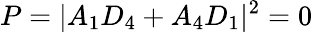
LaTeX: P=|A_{1}D_{4}+A_{4}D_{1}|^{2}=0